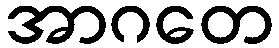
အာဂတေ